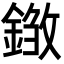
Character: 𨨽